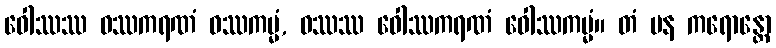
ဝေါဿဿ ဝဿကရဏံ ဝဿကမ္မံ, ဝဿဿ ဝေါဿကရဏံ ဝေါဿကမ္မံ။ တံ ပန ကရောန္တော